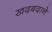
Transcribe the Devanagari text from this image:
खदबदाने